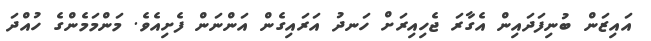
އައިޒަން ބުނިފަދައިން އެގާރަ ޖެހިއިރަށް ހަނދު އަރައިގެން އަންނަން ފެށިއެވެ. މަންމަމެންގެ ހުއްދަ